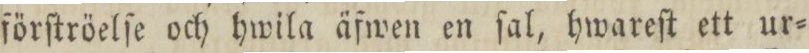
förſtröelſe och hwila äfwen en ſal, hwareſt ett ur=